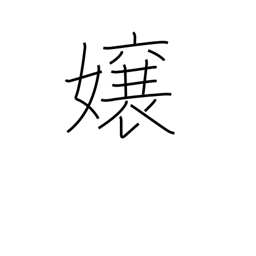
Meaning: daughter